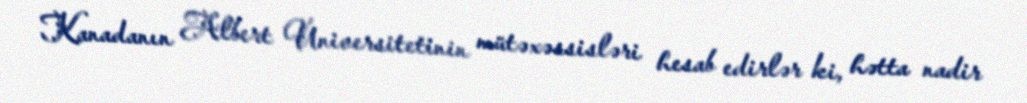
Kanadanın Albert Universitetinin mütəxəssisləri hesab edirlər ki, hətta nadir